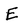
Character: E